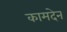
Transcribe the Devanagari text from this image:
कामदेन